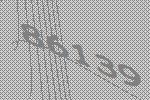
86139